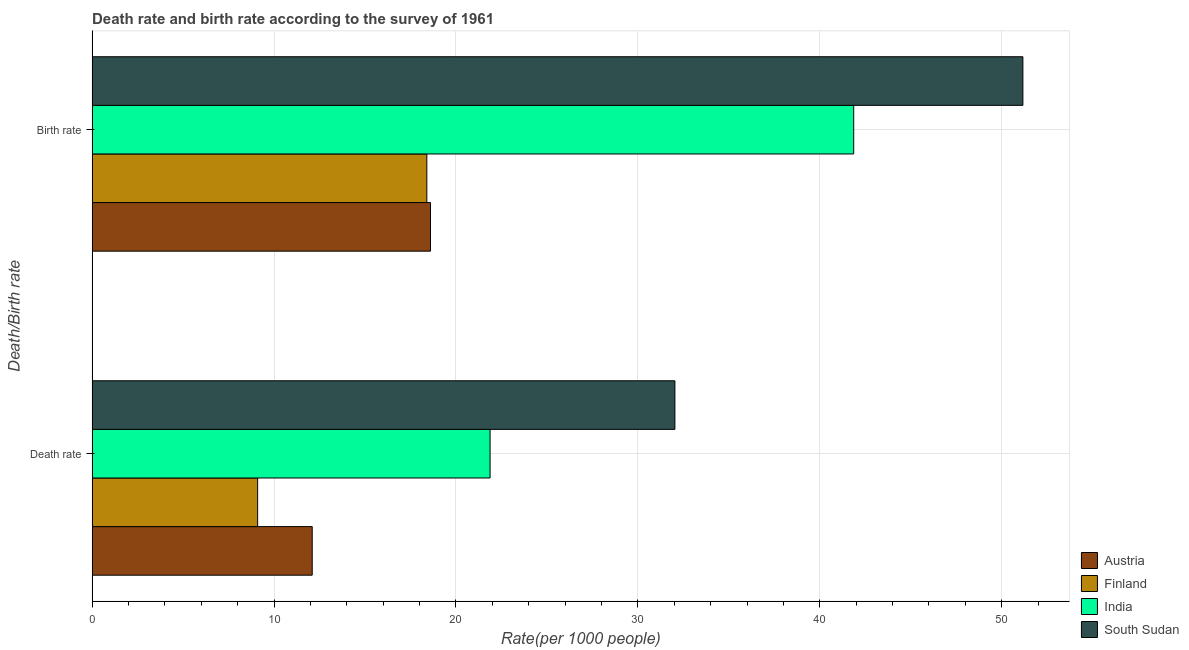
| Death/Birth rate | Austria | Finland | India | South Sudan |
 | --- | --- | --- | --- | --- |
 | Death rate | 12.1 | 9.1 | 21.9 | 32 |
 | Birth rate | 18.6 | 18.4 | 41.9 | 51.2 |